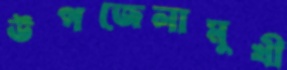
উপজেলামুখী